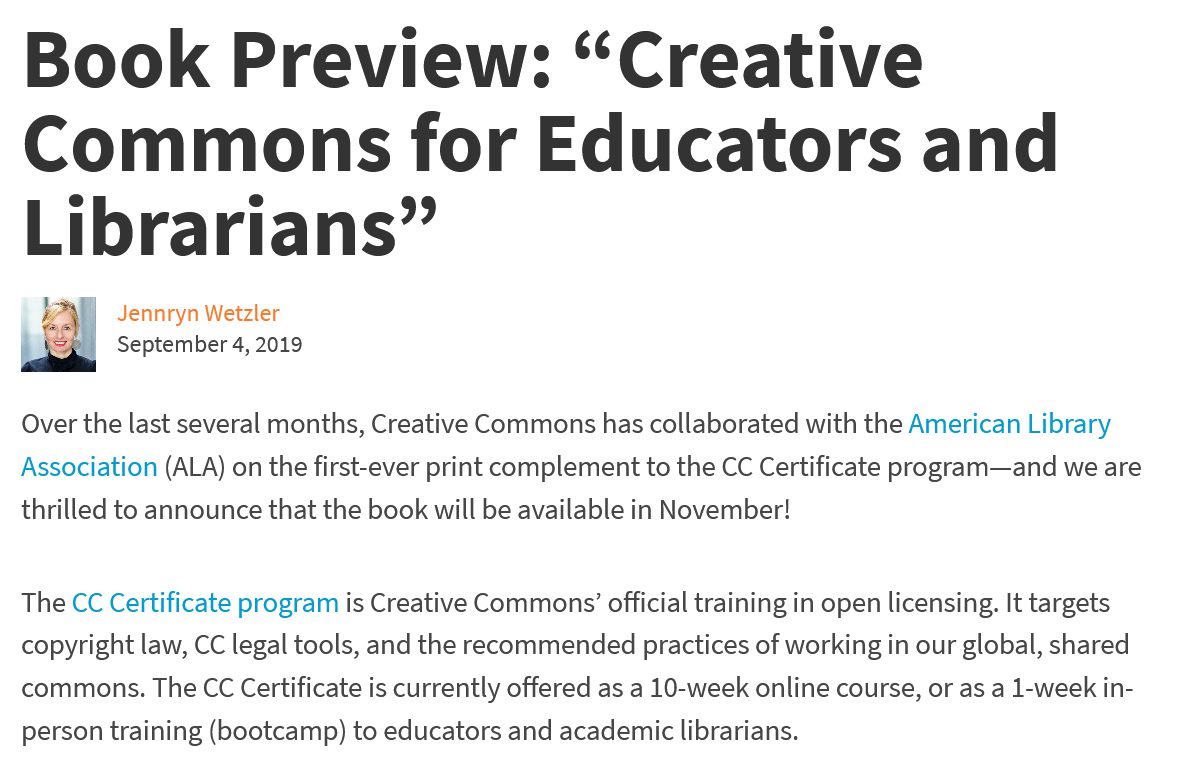
Book    Preview:    “Creative
  Commons    for    Educators    and
   Librarians”
     Jennryn Wetzler
     September 4, 2019
  Over the last several months, Creative Commons has collaborated with the American Library
  Association (ALA) on the first-ever print complement to the CC Certificate program—and we are
  thrilled to announce that the book will be available in November!
  The CC Certificate program is Creative Commons’ official training in open licensing. It targets
  copyright law, CC legal tools, and the recommended practices of working in our global, shared
  commons.  The CC Certificate is currently offered as a 10-week online course, or as a 1-week in-
  person training (bootcamp) to educators and academic librarians.